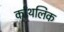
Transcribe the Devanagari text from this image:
र्कांथलिक